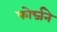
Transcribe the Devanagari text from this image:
फोर्ब्जने